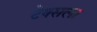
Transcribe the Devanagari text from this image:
टेक्सला